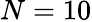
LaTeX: N=10